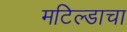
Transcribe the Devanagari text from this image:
मटिल्डाचा